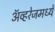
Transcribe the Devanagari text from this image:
ॲव्हरेजमध्ये